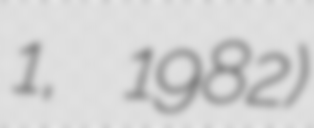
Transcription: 1, 1982)